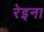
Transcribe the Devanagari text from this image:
रेइना